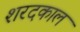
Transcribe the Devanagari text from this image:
शरदकाल